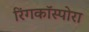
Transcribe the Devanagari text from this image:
रिंगकॉस्पोरा